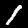
Digit: 1